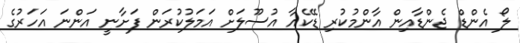
ލޯ އެންޑް ޖެންޑާއިން އާންމުކުރި ޑޭކެއާ އުސޫލަށް އަމަލުކުރަން ފަށާނީ އަންނަ އަހަރުގެ